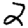
Digit: 2